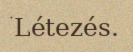
Létezés.